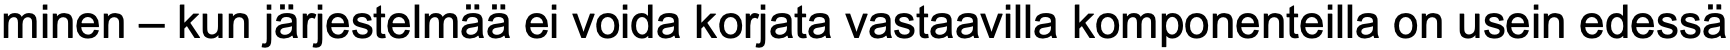
minen – kun järjestelmää ei voida korjata vastaavilla komponenteilla on usein edessä